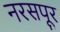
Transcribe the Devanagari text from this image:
नरसपूर